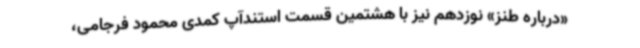
«درباره طنز» نوزدهم نیز با هشتمین قسمت استندآپ کمدی محمود فرجامی،